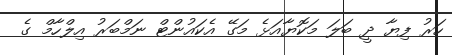
ހަރު ފިޔާ ދީ ބަލަ މަކޮޔާއަޅެ މަގޭ އެކައުންޓް ނަމްބަރު އިލްހާމް ގެ